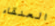
العنقاء